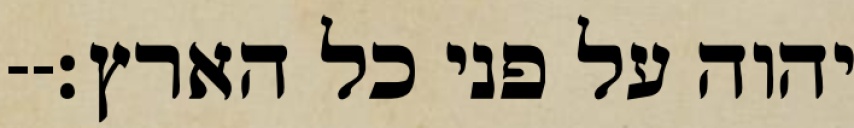
יהוה על פני כל הארץ׃--